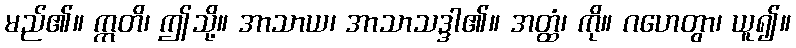
မည်၏။ ဣတိ၊ ဤသို့။ အာသာယ၊ အာသာသဒ္ဒါ၏။ အတ္ထံ၊ ကို။ ဂဟေတွာ၊ ယူ၍။